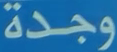
وجدة